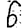
Digit: 6